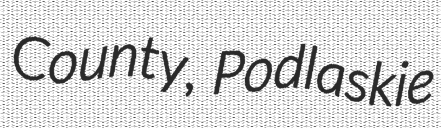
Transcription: County, Podlaskie